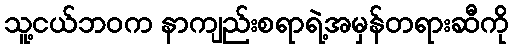
သူ့ငယ်ဘဝက နာကျည်းစရာရဲ့အမှန်တရားဆီကို